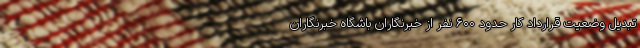
تبدیل وضعیت قرارداد کار حدود ۶۰۰ نفر از خبرنگاران باشگاه خبرنگاران